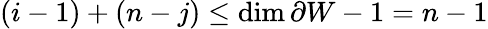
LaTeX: (i-1)+(n-j)\leq\dim\partial W-1=n-1